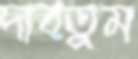
দাবতুম